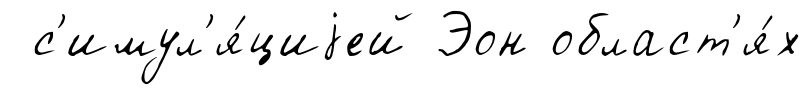
с'имул'я́циjей Эон област'я́х